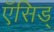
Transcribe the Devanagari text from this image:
ऍसिड्